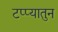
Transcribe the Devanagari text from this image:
टप्प्यातुन